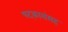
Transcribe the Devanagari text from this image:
षट्कारांसह